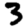
Digit: 3